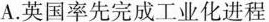
A.英国率先完成工业化进程